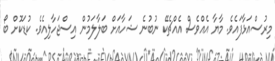
މިރުސްއަޅާފައެވެ. މާޔާ އެއްވެސް އެއްޗެކޭ ނުބުނެ ޝަހާއަށް ބަލާލަމުން އިސްޖަހާލިއެވެ. ކުޑަކޮށް ބޯ